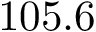
1 0 5 . 6